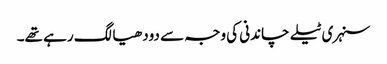
سنہری ٹیلے چاندنی کی وجہ سے دودھیا لگ رہے تھے۔